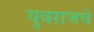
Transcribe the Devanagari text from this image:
युवराजचे